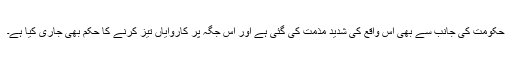
حکومت کی جانب سے بھی اس واقع کی شدید مذمت کی گئی ہے اور اس جگہ پر کاروایاں تیز کرنے کا حکم بھی جاری کیا ہے۔